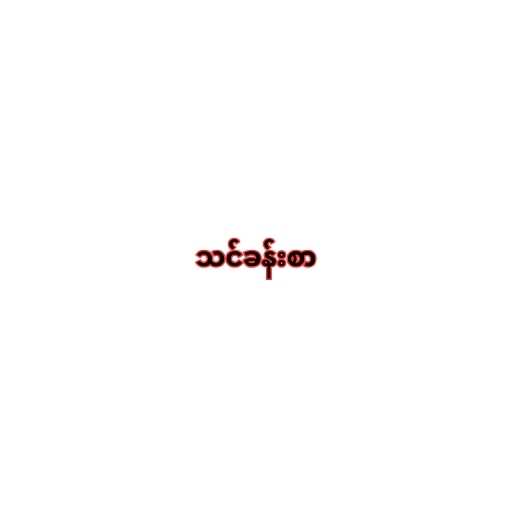
သင်ခန်းစာ